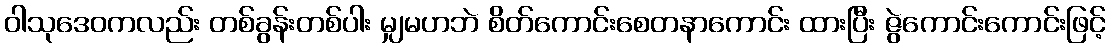
ဝါသုဒေဝကလည်း တစ်ခွန်းတစ်ပါး မျှမဟဘဲ စိတ်ကောင်းစေတနာကောင်း ထားပြီး ဇွဲကောင်းကောင်းဖြင့်